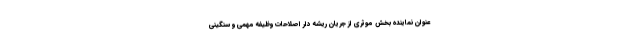
عنوان نماینده بخش موثری از جریان ریشه دار اصلاحات وظیفه مهمی و سنگینی